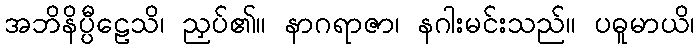
အဘိနိပ္ပီဠေသိ၊ ညှပ်၏။ နာဂရာဇာ၊ နဂါးမင်းသည်။ ပဓူမာယိ၊